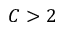
C > 2